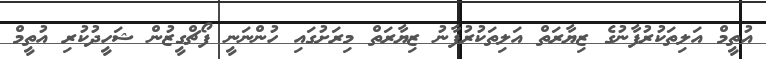
އުތީމް އަލިތަކުރުފާނުގެ ޒިޔާރަތް އަލިތަކުރުފާނު ޒިޔާރަތް މިރަށުގައި ހުންނަނީ ފޯޗްގީޒުން ޝަހީދުކުރި އުތީމް